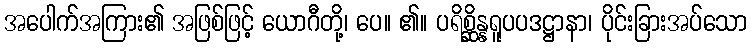
အပေါက်အကြား၏ အဖြစ်ဖြင့် ယောဂီတို့၊ ပေ။ ၏။ ပရိစ္ဆိန္နရူပပဒဋ္ဌာနာ၊ ပိုင်းခြားအပ်သော